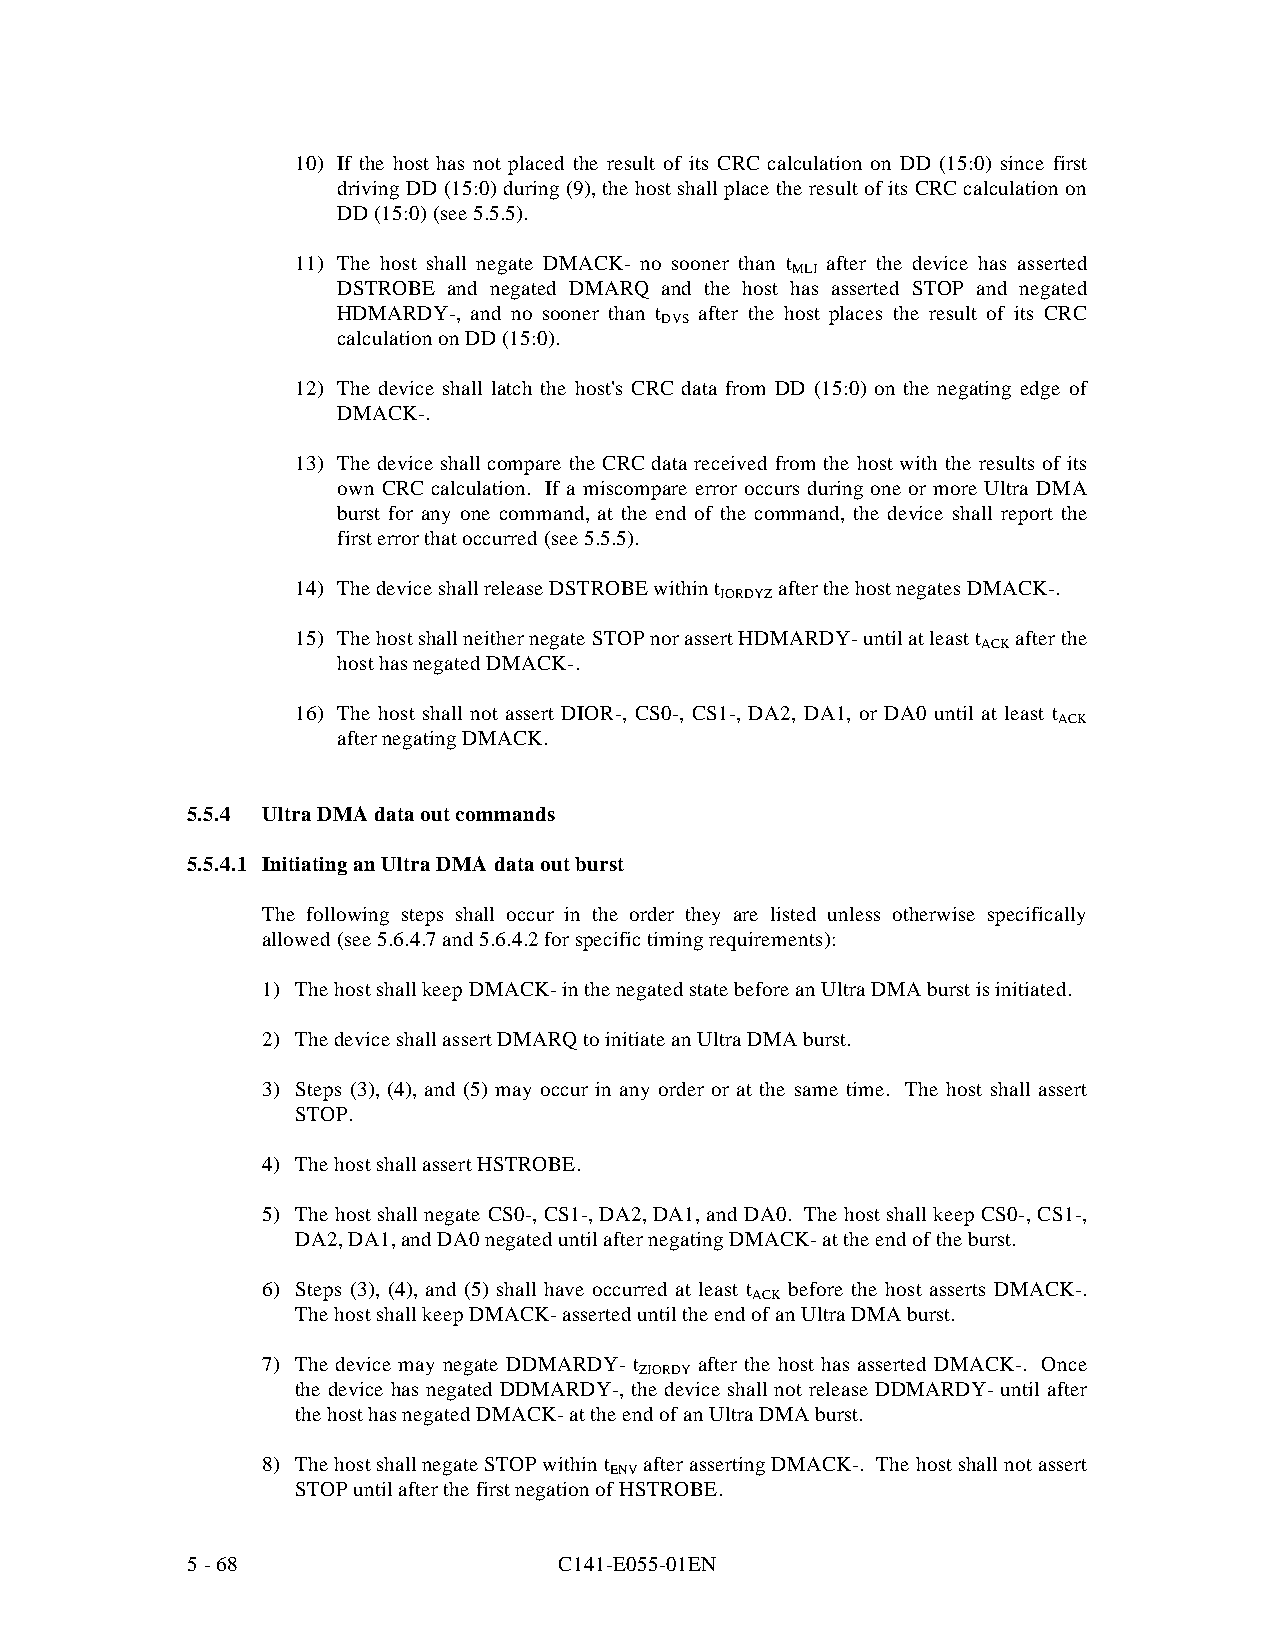
10) If the host has not placed the result of its CRC calculation on DD (15:0) since first
 driving DD (15:0) during (9), the host shall place the result of its CRC calculation on
 DD (15:0) (see 5.5.5).
 11) The host shall negate DMACK- no sooner than t after the device has asserted
 MLI
 DSTROBE and negated DMARQ and the host has asserted STOP and negated
 HDMARDY-, and no sooner than t after the host places the result of its CRC
 DVS
 calculation on DD (15:0).
 12) The device shall latch the host's CRC data from DD (15:0) on the negating edge of
 DMACK-.
 13) The device shall compare the CRC data received from the host with the results of its
 own CRC calculation. If a miscompare error occurs during one or more Ultra DMA
 burst for any one command, at the end of the command, the device shall report the
 first error that occurred (see 5.5.5).
 14) The device shall release DSTROBE within t after the host negates DMACK-.
 IORDYZ
 15) The host shall neither negate STOP nor assert HDMARDY- until at least t after the
 ACK
 host has negated DMACK-.
 16) The host shall not assert DIOR-, CS0-, CS1-, DA2, DA1 , or DA0 until at least t
 ACK
 after negating DMACK.
 5.5.4 Ultra DMA data out commands
 5.5.4.1 Initiating an Ultra DMA data out burst
 The following steps shall occur in the order they are listed unless otherwise specifically
 allowed (see 5.6.4.7 and 5.6.4.2 for specific timing requirements):
 1) The host shall keep DMACK- in the negated state before an Ultra DMA burst is initiated.
 2) The device shall assert DMARQ to initiate an Ultra DMA burst.
 3) Steps (3), (4), and (5) may occur in any order or at the same time. The host shall assert
 STOP.
 4) The host shall assert HSTROBE.
 5) The host shall negate CS0-, CS1-, DA2, DA1, and DA0. The host shall keep CS0-, CS1-,
 DA2, DA1, and DA0 negated until after negating DMACK- at the end of the burst.
 6) Steps (3), (4), and (5) shall have occurred at least t before the host asserts DMACK-.
 ACK
 The host shall keep DMACK- asserted until the end of an Ultra DMA burst.
 7) The device may negate DDMARDY- t after the host has asserted DMACK-. Once
 ZIORDY
 the device has negated DDMARDY-, the device shall not release DDMARDY- until after
 the host has negated DMACK- at the end of an Ultra DMA burst.
 8) The host shall negate STOP within t after asserting DMACK-. The host shall not assert
 ENV
 STOP until after the first negation of HSTROBE.
 5 - 68                   C141-E055-01EN